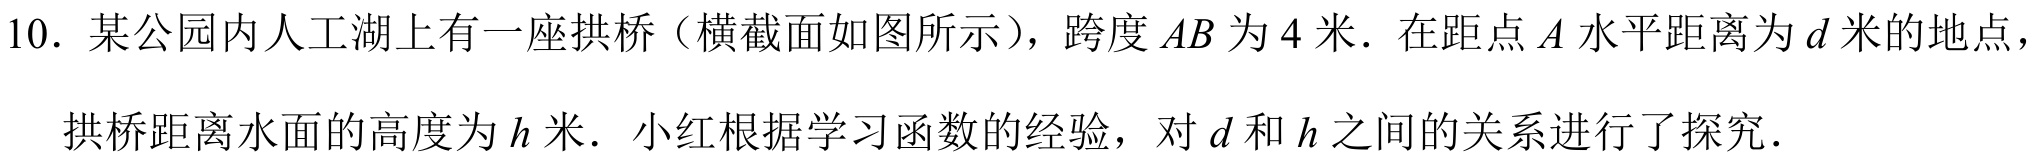
10. 某公园内人工湖上有一座拱桥（横截面如图所示），跨度 \(AB\) 为 \(4\) 米．在距点 \(A\) 水平距离为 \(d\) 米的地点，
拱桥距离水面的高度为 \(h\) 米．小红根据学习函数的经验，对 \(d\) 和 \(h\) 之间的关系进行了探究．